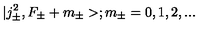
| j _ { \pm } ^ { 2 } , F _ { \pm } + m _ { \pm } > ; m _ { \pm } = 0 , 1 , 2 , . . .